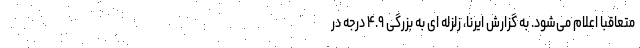
متعاقبا اعلام می‌شود. به گزارش ایرنا، زلزله ای به بزرگی ۴.۹ درجه در